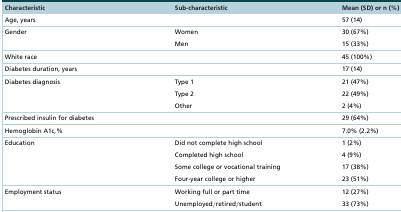
| Characteristic | Sub-characteristic | Mean (SD) or n (%) |
 | --- | --- | --- |
 | Age, years |  | 57 (14) |
 | Gender | Women | 30 (67%) |
 |  | Men | 15 (33%) |
 | White race |  | 45 (100%) |
 | Diabetes duration, years |  | 17 (14) |
 | Diabetes diagnosis | Type 1 | 21 (47%) |
 |  | Type 2 | 22 (49%) |
 |  | Other | 2 (4%) |
 | Prescribed insulin for diabetes |  | 29 (64%) |
 | Hemoglobin A1c,% |  | 7.0% (2.2%) |
 | Education | Did not complete high school | 1 (2%) |
 |  | Completed high school | 4 (9%) |
 |  | Some college or vocational training | 17 (38%) |
 |  | Four-year college or higher | 23 (51%) |
 | Employment status | Working full or part time | 12 (27%) |
 |  | Unemployed/retired/student | 33 (73%) |